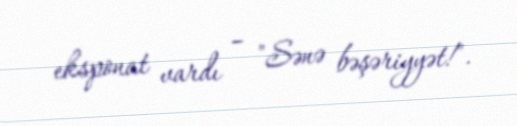
eksponat vardı – "Sənə bəşəriyyət!".